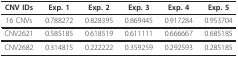
| CNV IDs | Exp. 1 | Exp. 2 | Exp. 3 | Exp. 4 | Exp. 5 |
 | --- | --- | --- | --- | --- | --- |
 | 16 CNVs | 0.788272 | 0.828395 | 0.869445 | 0.917284 | 0.953704 |
 | CNV2621 | 0.585185 | 0.618519 | 0.611111 | 0.666667 | 0.685185 |
 | CNV2682 | 0.314815 | 0.222222 | 0.359259 | 0.292593 | 0.285185 |